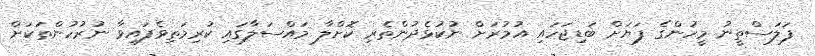
ފަލަސްތީނު މީހުންގެ ފަޔަށް ބަޑިޖަހައި އުމުރަށް ނުކުޅެދުންތެރި ކޮށްލާ މައްސަލާގައި ކުރިމަތިވެފައިވާ ނުރުހުންތަކަށް